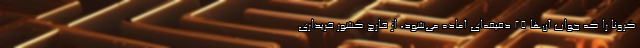
کرونا را که جواب آن‌ها ۲۵ دقیقه‌ای آماده می‌شود، از خارج کشور خریداری